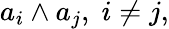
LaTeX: a_{i}\wedge a_{j},\; i\neq j,